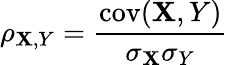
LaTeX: \rho_{\mathbf{X},Y}={\frac{{\operatorname{cov}(\mathbf{X},Y)}}{{\sigma_{\mathbf{X}}\sigma_{Y}}}}